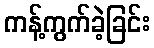
ကန့်ကွက်ခဲ့ခြင်း